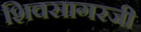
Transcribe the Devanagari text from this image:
शिवसागरजी